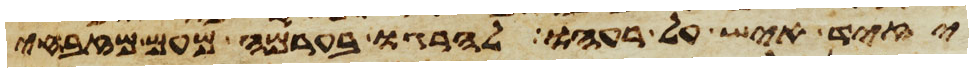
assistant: יזיד איש על רעהו להרגו בערמה מעם מזבחי